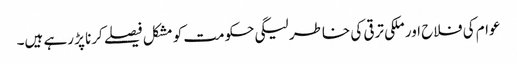
عوام کی فلاح اور ملکی ترقی کی خاطر لیگی حکومت کو مشکل فیصلے کرنا پڑ رہے ہیں۔